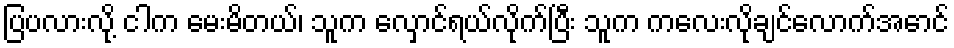
ပြပလားလို့ ငါက မေးမိတယ်၊ သူက လှောင်ရယ်လိုက်ပြီး သူက ကလေးလိုချင်လောက်အောင်